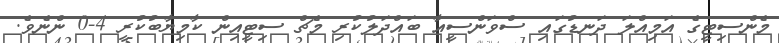
މެންސިޓީގެ އަމިއްލަ ދަނޑުގައި ސްވަންސީއާ ބައްދަލުކުރި މެޗް ސިޓީއިން ކާމިޔާބުކުރީ 4-0 ންނެވެ.